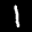
Label: 1